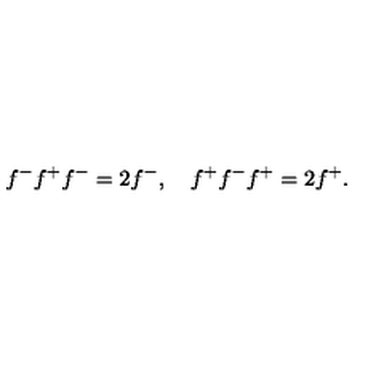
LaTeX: f ^ { - } f ^ { + } f ^ { - } = 2 f ^ { - } , \quad f ^ { + } f ^ { - } f ^ { + } = 2 f ^ { + } .